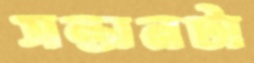
সন্তানটা